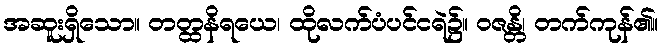
အဆူးရှိသော။ တတ္ထနိရယေ၊ ထိုလက်ပံပင်ငရဲ၌။ ဝဇန္တိ၊ တက်ကုန်၏။